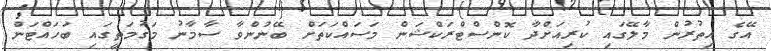
އޭގެ އިތުރުން މާލޭގައި ކުރިއަށްދާ ކޮންސްޓްރަކްޝަން މަސައްކަތަށް ބޭނުންވާ ސާމާނު މަގުމަތީގައި ބަހައްޓަން